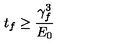
t _ { f } \geq \frac { \gamma _ { f } ^ { 3 } } { E _ { 0 } }